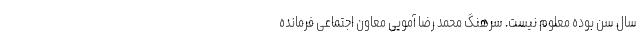
سال سن بوده معلوم نیست. سرهنگ محمد رضا آمویی معاون اجتماعی فرمانده